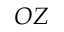
O Z